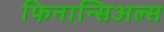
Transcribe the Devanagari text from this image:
फिनान्सिअल्स